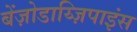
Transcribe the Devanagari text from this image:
बेंज़ोडाय्ज़िपाइंस